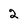
Character: 2